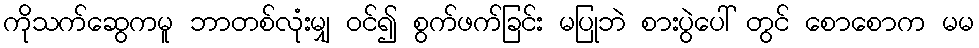
ကိုသက်ဆွေကမူ ဘာတစ်လုံးမျှ ဝင်၍ စွက်ဖက်ခြင်း မပြုဘဲ စားပွဲပေါ် တွင် စောစောက မမ